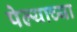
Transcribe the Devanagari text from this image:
पेल्याच्या